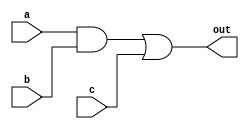
module complex_logic_gate (
    input wire a,
    input wire b,
    input wire c,
    output wire out
);

    wire w1, w2, w3;

    // Logic block 1: AND gate
    assign w1 = a & b;

    // Logic block 2: OR gate
    assign w2 = w1 | c;

    // Logic block 3: XOR gate
    assign w3 = w2 ^ 1'b1;

    // Final NOT operation
    assign out = ~w3;

endmodule